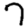
Digit: 7